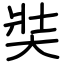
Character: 奘